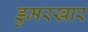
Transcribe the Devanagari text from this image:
डुमरखार